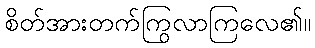
စိတ်အားတက်ကြွလာကြလေ၏။